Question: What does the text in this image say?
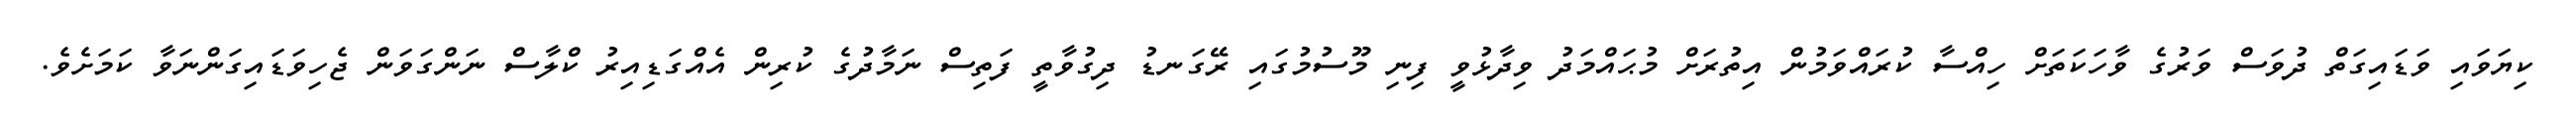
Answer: ކިޔަވައި ވަޑައިގަތް ދުވަސް ވަރުގެ ވާހަކަތަށް ހިއްސާ ކުރައްވަމުން އިތުރަށް މުޙައްމަދު ވިދާޅުވީ ފިނި މޫސުމުގައި ރޭގަނޑު ދިގުވާތީ ފަތިސް ނަމާދުގެ ކުރިން އެއްގަޑިއިރު ކްލާސް ނަންގަވަން ޖެހިވަޑައިގަންނަވާ ކަމަށެވެ.